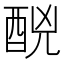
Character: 䣴